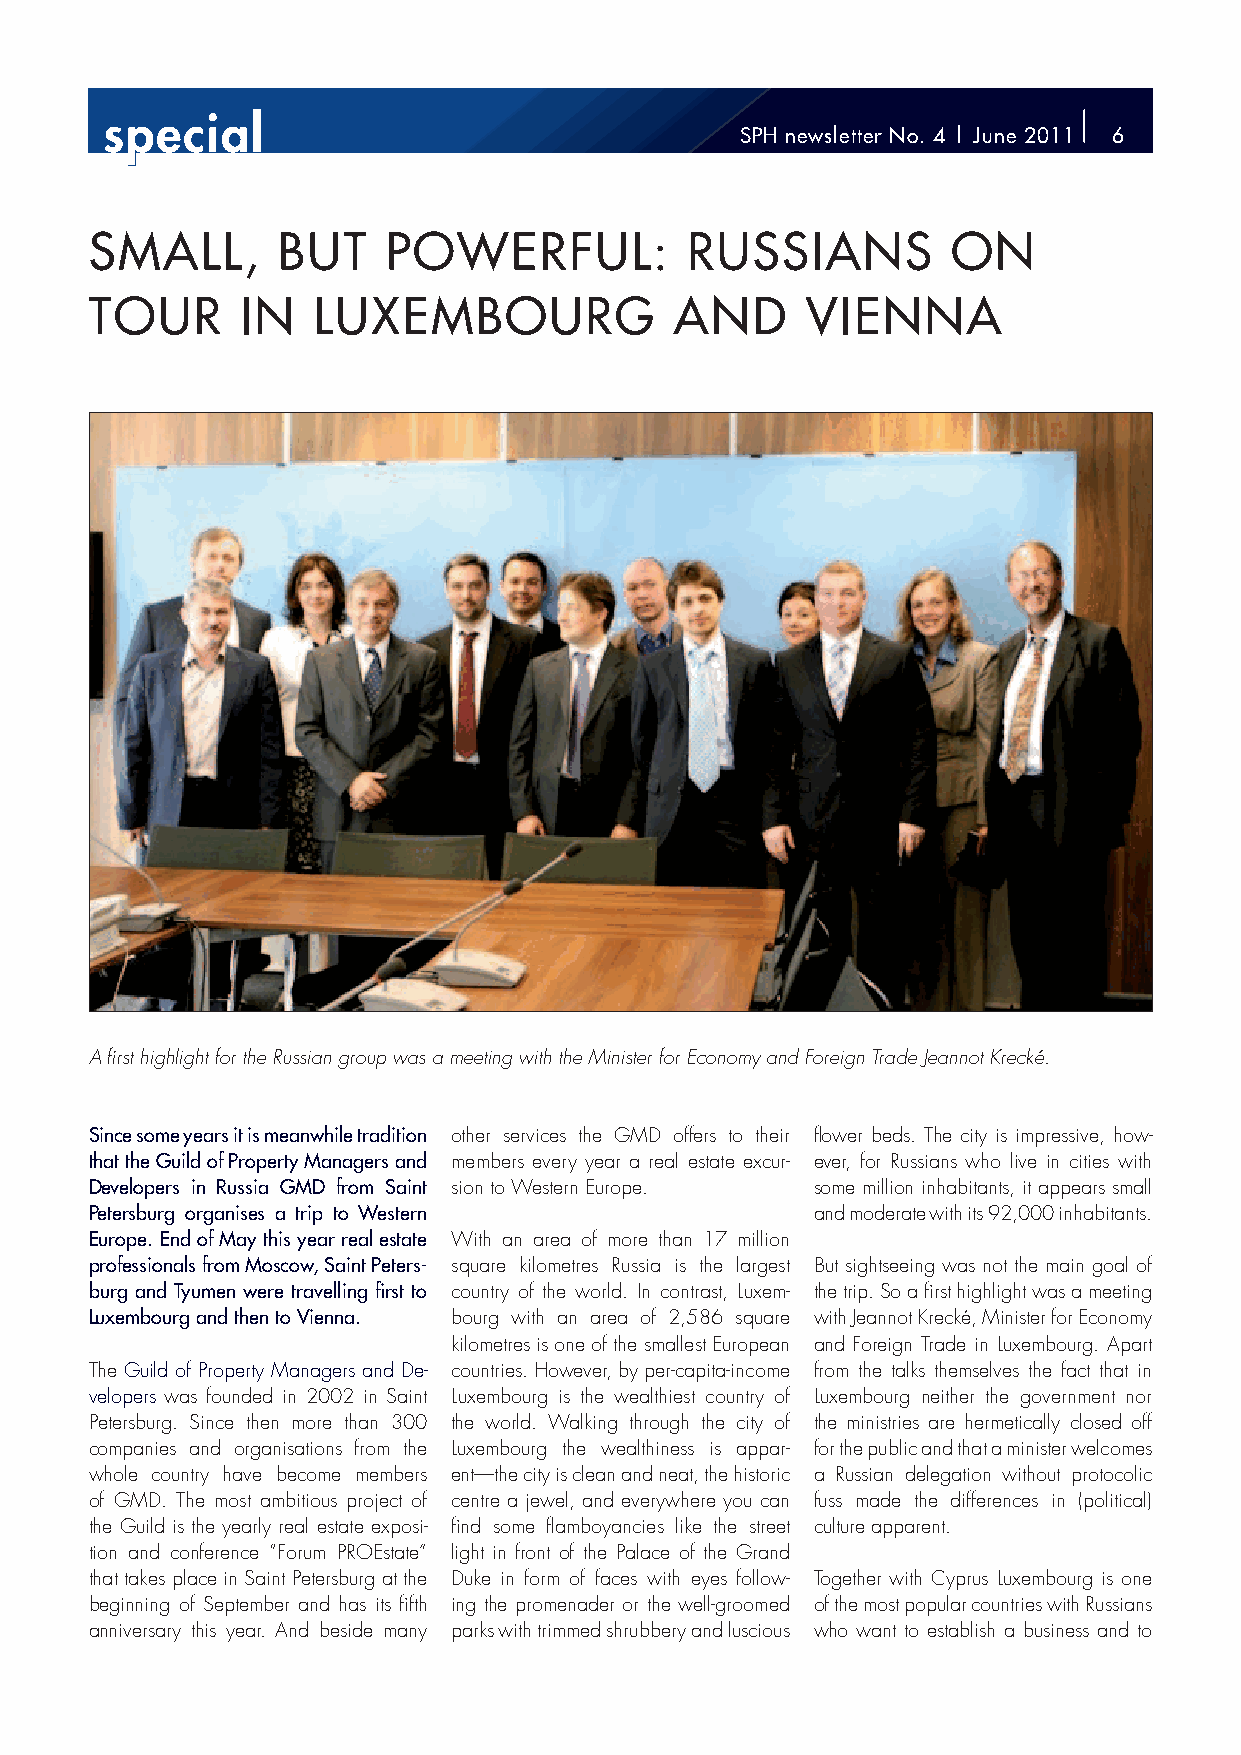
sppecial
 SPH newsletter No. 4 | June 2011 6
 SMALL,      BUT     POWERFUL:          RUSSIANS          ON
 TOUR      IN   LUXEMBOURG              AND     VIENNA
 A fi rst highlight for the Russian group was a meeting with the Minister for Economy and Foreign Trade Jeannot Krecké.
 Since some years it is meanwhile tradition other services the GMD offers to their fl ower beds. The city is impressive, how-
 that the Guild of Property Managers and members every year a real estate excur- ever, for Russians who live in cities with
 Developers in Russia GMD from Saint sion to Western Europe. some million inhabitants, it appears small
 Petersburg organises a trip to Western          and moderate with its 92,000 inhabitants.
 Europe. End of May this year real estate With an area of more than 17 million
 professionals from Moscow, Saint Peters- square kilometres Russia is the largest But sightseeing was not the main goal of
 burg and Tyumen were travelling fi rst to country of the world. In contrast, Luxem- the trip. So a fi rst highlight was a meeting
 Luxembourg and then to Vienna. bourg with an area of 2,586 square with Jeannot Krecké, Minister for Economy
 kilometres is one of the smallest European and Foreign Trade in Luxembourg. Apart
 The Guild of Property Managers and De- countries. However, by per-capita-income from the talks themselves the fact that in
 velopers was founded in 2002 in Saint Luxembourg is the wealthiest country of Luxembourg neither the government nor
 Petersburg. Since then more than 300 the world. Walking through the city of the ministries are hermetically closed off
 companies and organisations from the Luxembourg the wealthiness is appar- for the public and that a minister welcomes
 whole country have become members ent—the city is clean and neat, the historic a Russian delegation without protocolic
 of GMD. The most ambitious project of centre a jewel, and everywhere you can fuss made the differences in (political)
 the Guild is the yearly real estate exposi- fi nd some fl amboyancies like the street culture apparent.
 tion and conference “Forum PROEstate” light in front of the Palace of the Grand
 that takes place in Saint Petersburg at the Duke in form of faces with eyes follow- Together with Cyprus Luxembourg is one
 beginning of September and has its fi fth ing the promenader or the well-groomed of the most popular countries with Russians
 anniversary this year. And beside many parks with trimmed shrubbery and luscious who want to establish a business and to